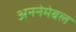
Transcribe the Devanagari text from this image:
अननेमेबल